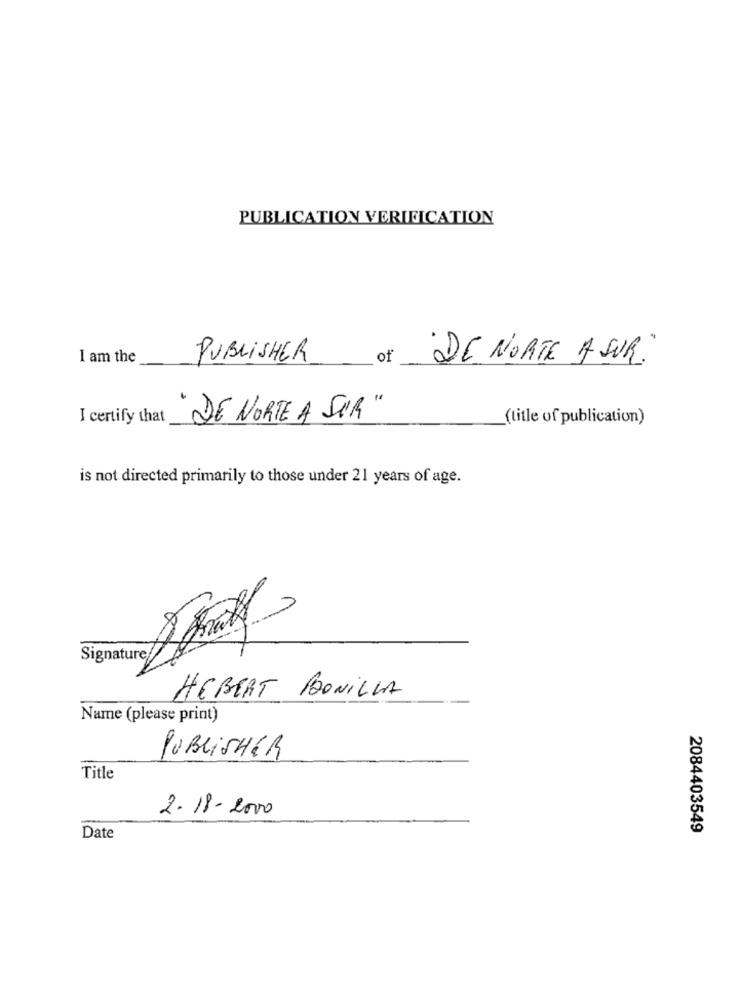
PUBLICATION VERIFICATION
I am the
DE NORTE A SUR"
PUBLISHER of
I certify that
"DE NORTE A SUR "
(title of publication)
is not directed primarily to those under 21 years of age.
Signature
HEBERT BONILLA
Name (please print)
PUBLISHER
Title
2-18-2000
2084403549
Date